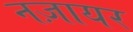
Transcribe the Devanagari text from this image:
नज़ायर